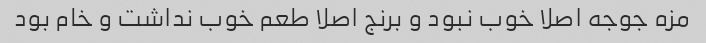
مزه جوجه اصلا خوب نبود و برنج اصلا طعم خوب نداشت و خام بود